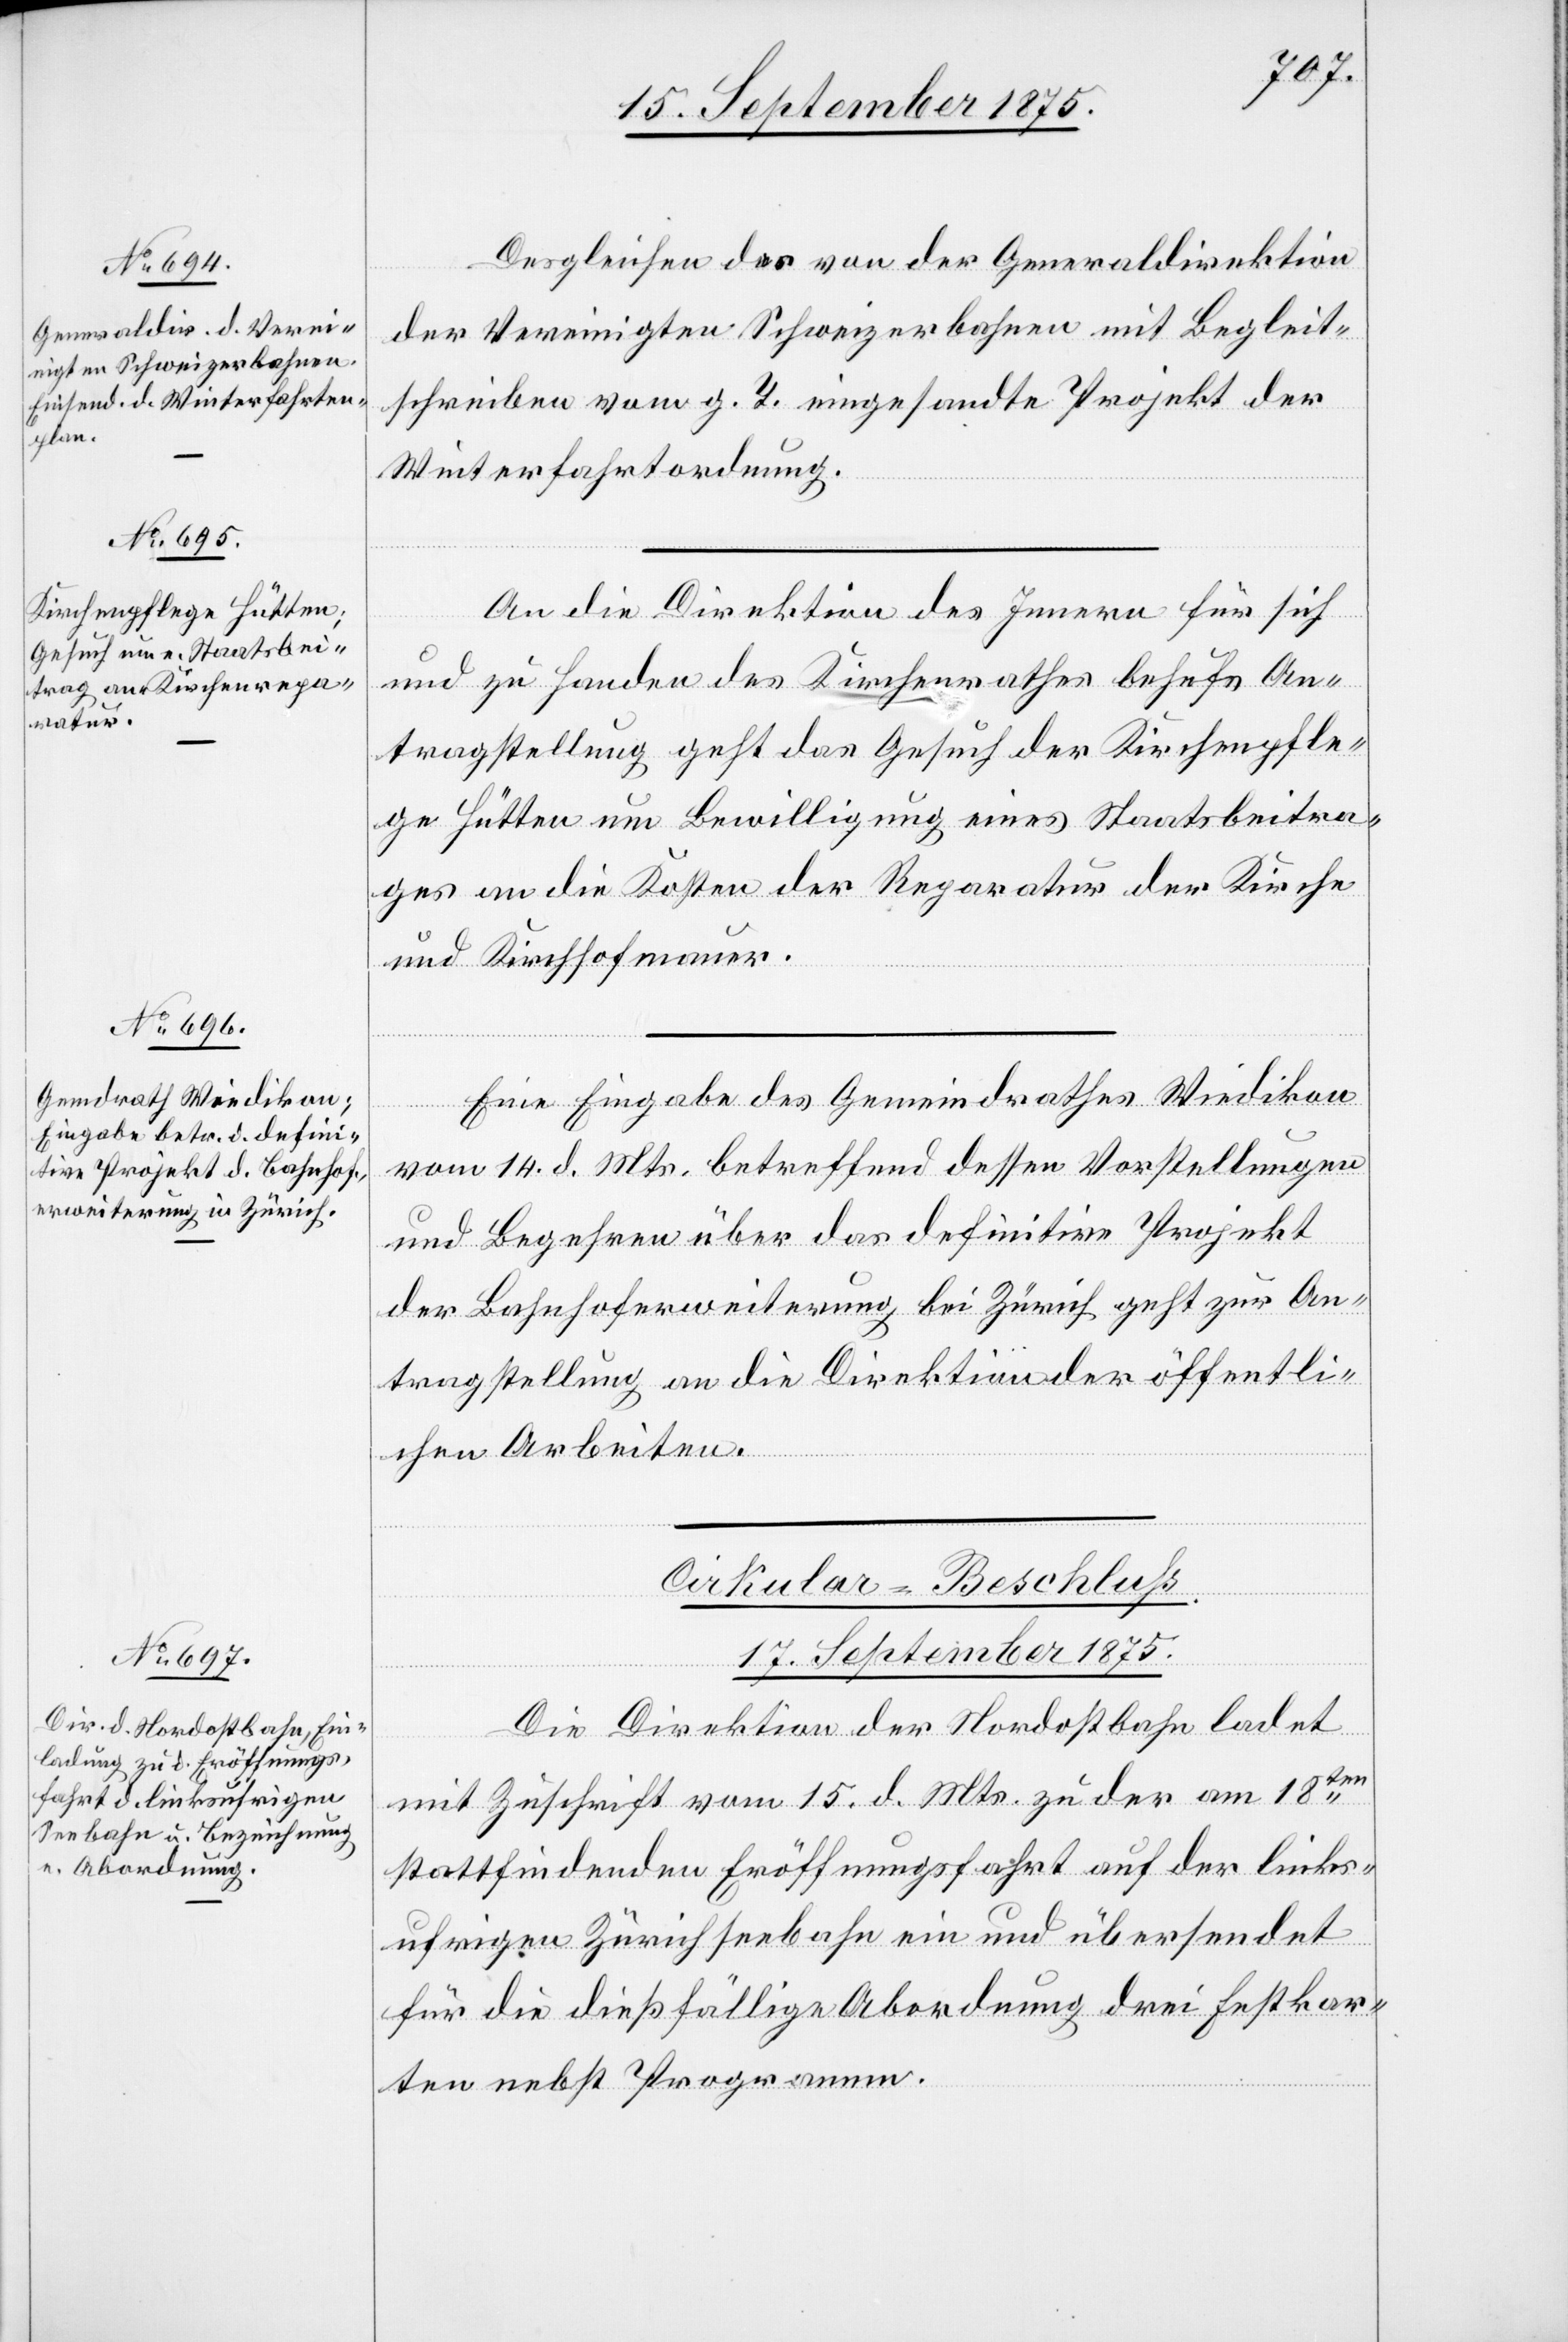
Desgleichen der von der Generaldirektion
der Vereinigten Schweizerbahnen mit Begleit¬
schreiben vom g. T. eingesandte Projekt der
Winterfahrtordnung.
An die Direktion des Innern für sich
und zu Handen des Kirchenrathes behufs An¬
tragstellung geht das Gesuch der Kirchenpfle¬
ge Hütten um Bewilligung eines Staatsbeitra¬
ges an die Kosten der Reparatur der Kirche
und Kirchhofmauer.
Eine Eingabe des Gemeindrathes Wiedikon
vom 14. d. Mts. betreffend dessen Vorstellungen
und Begehren über das definitive Projekt
der Bahnhoferweiterung bei Zürich geht zur An¬
tragstellung an die Direktion der öffentli¬
chen Arbeiten.
Cirkular-Beschluß.
17. September 1875.
Die Direktion der Nordostbahn ladet
mit Zuschrift vom 15. d. Mts. zu der am 18ten
stattfindenden Eröffnungsfahrt auf der links¬
ufrigen Zürichseebahn ein und übersendet
für die dießfällige Abordnung drei Festkar¬
ten nebst Programm.